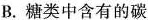
B.糖类中含有的碳